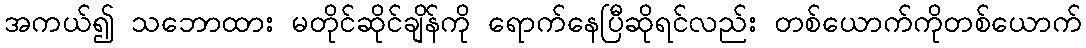
အကယ်၍ သဘောထား မတိုင်ဆိုင်ချိန်ကို ရောက်နေပြီဆိုရင်လည်း တစ်ယောက်ကိုတစ်ယောက်